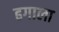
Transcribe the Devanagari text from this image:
ढगाला